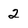
Character: 2